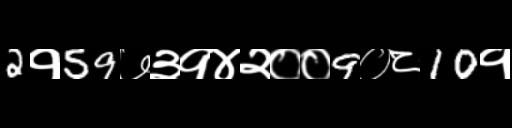
Text: 2१59७३१४२००9०८10१